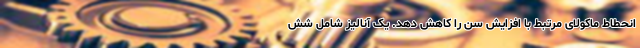
انحطاط ماکولای مرتبط با افزایش سن را کاهش دهد. یک آنالیز شامل شش